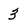
Character: 3